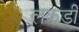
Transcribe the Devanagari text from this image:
लकडीं